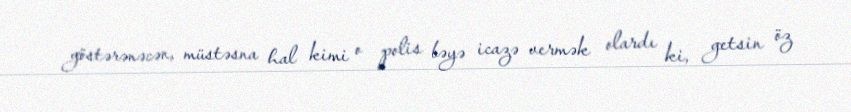
göstərənəcən, müstəsna hal kimi o polis bəyə icazə vermək olardı ki, getsin öz